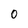
Character: 0